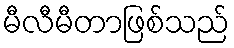
မီလီမီတာဖြစ်သည်